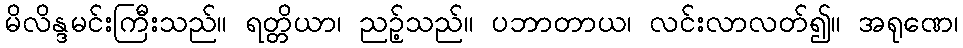
မိလိန္ဒမင်းကြီးသည်။ ရတ္တိယာ၊ ညဉ့်သည်။ ပဘာတာယ၊ လင်းလာလတ်၍။ အရုဏေ၊